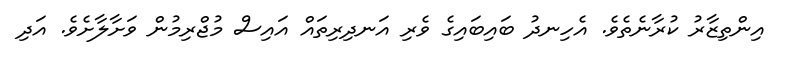
އިންތިޒާރު ކުރާނެތެވެ. އެހިނދު ބައިބައިގެ ވެރި އަނދިރިތައް އައިސް މުޖްރިމުން ވަށާލާށެވެ. އަދި